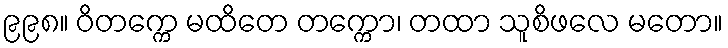
၉၉၈။ ဝိတက္ကေ မထိတေ တက္ကော၊ တထာ သူစိဖလေ မတော။